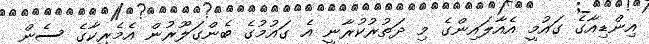
އިންޑިއާގެ ގައުމީ އެއާލައިންގެ މި ދަތުރުކުރާނީ އެ ގައުމުގެ ބެންގަލޫރުން އެމެރިކާގެ ސެން